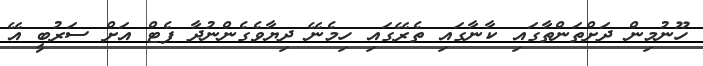
ހޫނުމިން ދަށްތަންތާގައި ކާނާގައި ތެރޭގައި ހިމެނޭ ދިޔާވެގެންނުދާ ފެޓް އަށް ސަރުބީ އޭ